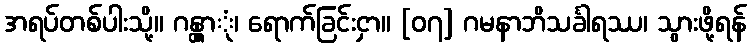
အရပ်တစ်ပါးသို့။ ဂန္တွာုံ၊ ရောက်ခြင်းငှာ။ [၀၇] ဂမနာဘိသင်္ခါရဿ၊ သွားဖို့ရန်